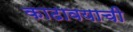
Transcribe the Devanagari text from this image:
काढावयाची